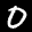
Label: 0